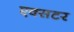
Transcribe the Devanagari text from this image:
एक्सटर